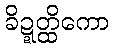
ခိဍ္ဍတ္ထိကော